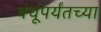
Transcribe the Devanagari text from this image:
बंधूंपर्यंतच्या